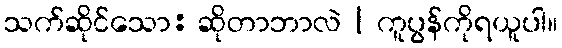
သက်ဆိုင်သော: ဆိုတာဘာလဲ | ကူပွန်ကိုရယူပါ။